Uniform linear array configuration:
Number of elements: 8
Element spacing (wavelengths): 0.25
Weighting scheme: blackman
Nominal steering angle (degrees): -30
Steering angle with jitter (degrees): -28.173
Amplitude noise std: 0.05
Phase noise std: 0.05

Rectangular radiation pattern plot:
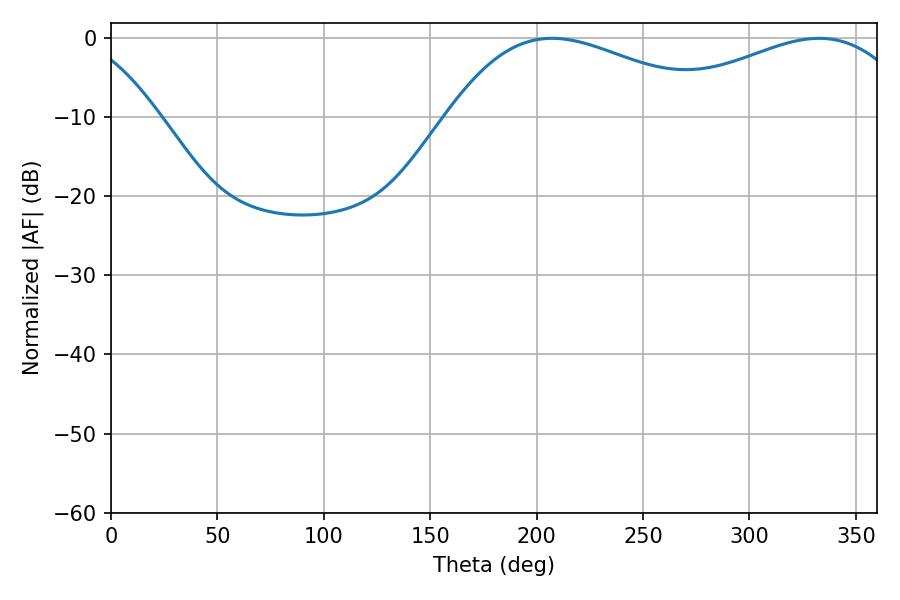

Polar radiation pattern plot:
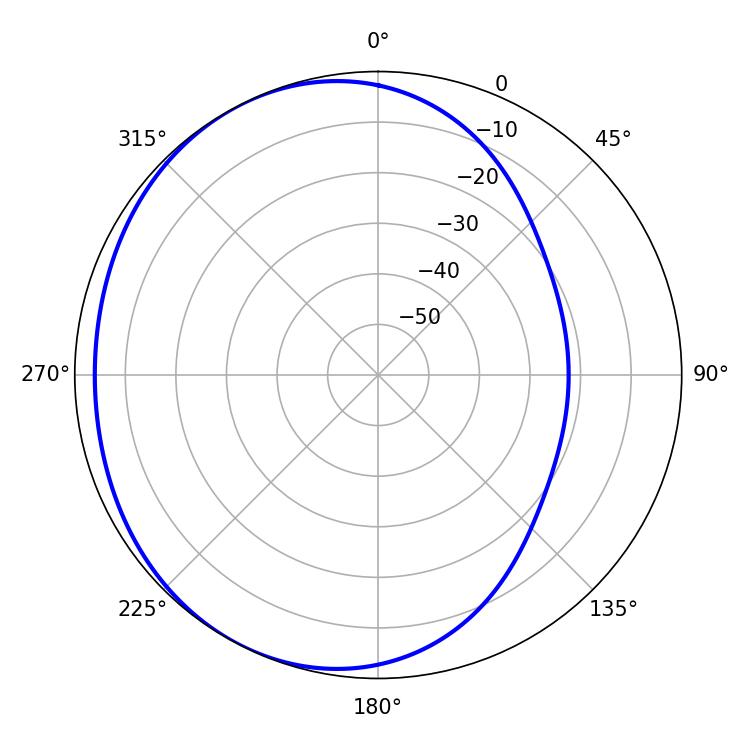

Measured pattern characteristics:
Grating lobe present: FALSE
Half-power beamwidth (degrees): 69.84
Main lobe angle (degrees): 207.18